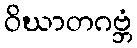
ဝိဃာတဂဗ္ဘံ